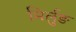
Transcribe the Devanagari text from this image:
मिर्लुङ